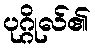
ပုဂ္ဂိုလ်၏